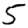
Digit: 5